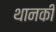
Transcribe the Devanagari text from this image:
थानकी